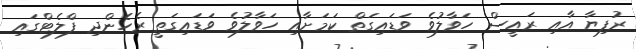
ރުފިޔާ އާއި ރައީސް ހަވާލުވެ ވަޑައިގަތް ކަމަށާއި ހަވާލުވެ ވަޑައިގަތީ ރެހެންދި ފްލެޓްގައި